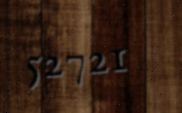
52721